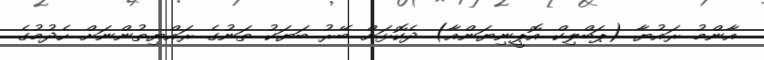
އާންމު ރައުޔާ (ޕަބްލިކް އޮޕީނިޔަންއާ) ދެކޮޅަށް ބޭރު ބަޔަކު ތަނުގެ ރައްޔިތުންނަށް ހެދުމުގެ